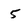
Character: 5